Reports on military cantonments and civil stations in the Presidency of Bombay inspected by the Sanitary Commissioner in the years 1875 and 1876
Year: 1875
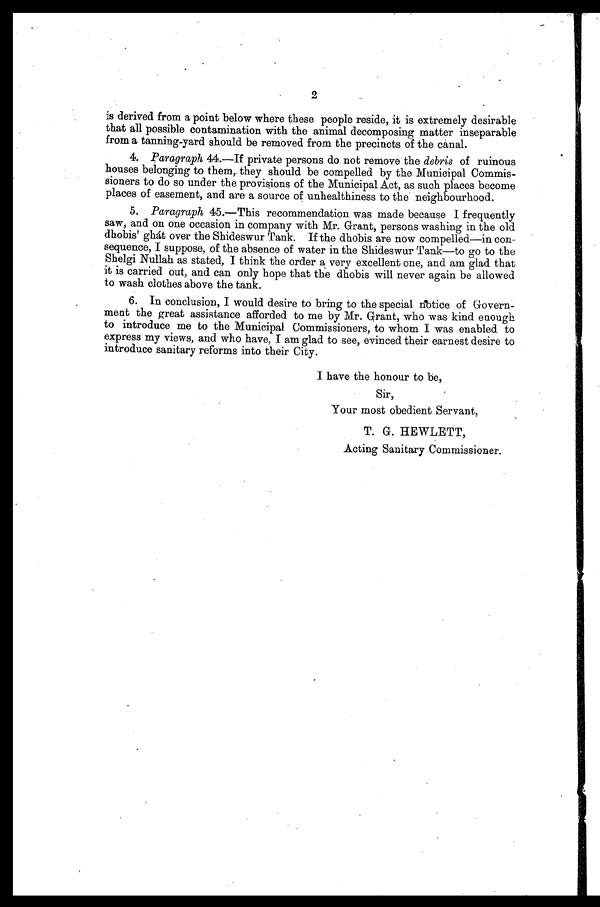
2
is derived from a point below where these people reside, it is extremely desirable
that all possible contamination with the animal decomposing matter inseparable
from a tanning-yard should be removed from the precincts of the canal.
4.Paragraph 44.—If private persons do not remove the debris of ruinous
houses belonging to them, they should be compelled by the Municipal Commis-
sioners to do so under the provisions of the Municipal Act, as such places become
places of easement, and are a source of unhealthiness to the neighbourhood.
5. Paragraph 45.—This recommendation was made because I frequently
saw, and on one occasion in company with Mr. Grant, persons washing in the old
dhobis' ghát over the Shideswur Tank. If the dhobis are now compelled—in con-
sequence, I suppose, of the absence of water in the Shideswur Tank—to go to the
Shelgi Nullah as stated, I think the order a very excellent one, and am glad that
it is carried out, and can only hope that the dhobis will never again be allowed
to wash clothes above the tank.
6. In conclusion, I would desire to bring to the special notice of Govern-
ment the great assistance afforded to me by Mr. Grant, who was kind enough
to introduce me to the Municipal Commissioners, to whom I was enabled to
express my views, and who have, I am glad to see, evinced their earnest desire to
introduce sanitary reforms into their City.
I have the honour to be,
Sir,
Your most obedient Servant,
T. G. HEWLETT,
Acting Sanitary Commissioner.